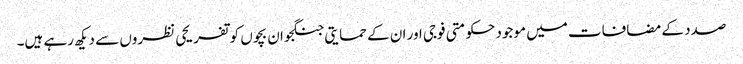
صدد کے مضافات میں موجود حکومتی فوجی اور ان کے حمایتی جنگجو ان بچوں کو تفریحی نظروں سے دیکھ رہے ہیں۔